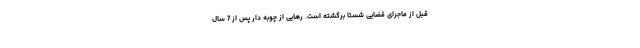
قبل از ماجرای قضایی شستا برگشته است. رهایی از چوبه دار پس از 7 سال